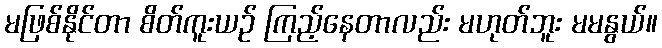
မဖြစ်နိုင်တာ စိတ်ကူးယဉ် ကြည့်နေတာလည်း မဟုတ်ဘူး မမနွယ်။